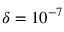
\delta = 1 0 ^ { - 7 }